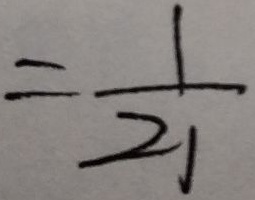
= \frac { 1 } { 2 1 }